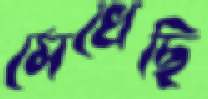
মেখেছি